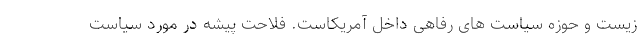
زیست و حوزه سیاست های رفاهی داخل آمریکاست. فلاحت پیشه در مورد سیاست